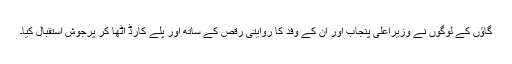
گاﺅں کے لوگوں نے وزیراعلیٰ پنجاب اور اُن کے وفد کا روایتی رقص کے ساتھ اور پلے کارڈ اُٹھا کر پُرجوش استقبال کیا۔